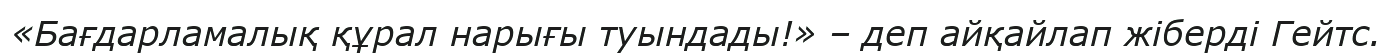
«Бағдарламалық құрал нарығы туындады!» – деп айқайлап жіберді Гейтс.